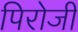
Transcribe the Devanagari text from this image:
पिरोजी